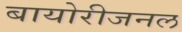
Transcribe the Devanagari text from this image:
बायोरीजनल